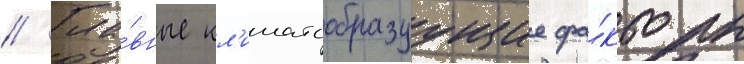
// Гла́вные кл'иматообразуущие фа́кторы